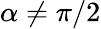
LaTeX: \alpha\neq\pi/2